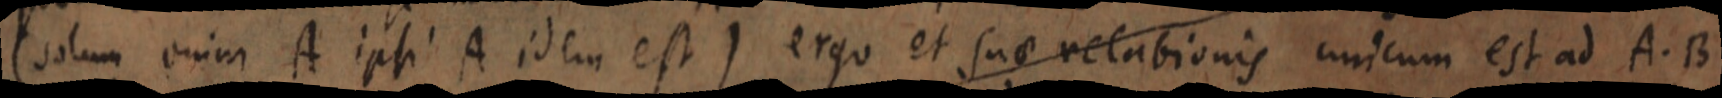
(solum enim A ipsi A idem est) ergo et suae relationis unicum est ad A. B